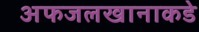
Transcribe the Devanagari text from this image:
अफजलखानाकडे